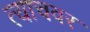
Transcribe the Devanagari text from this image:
त्याचवर